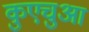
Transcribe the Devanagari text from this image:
कुएचुआ